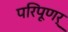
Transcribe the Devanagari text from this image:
परिपूणर्